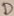
Text: D